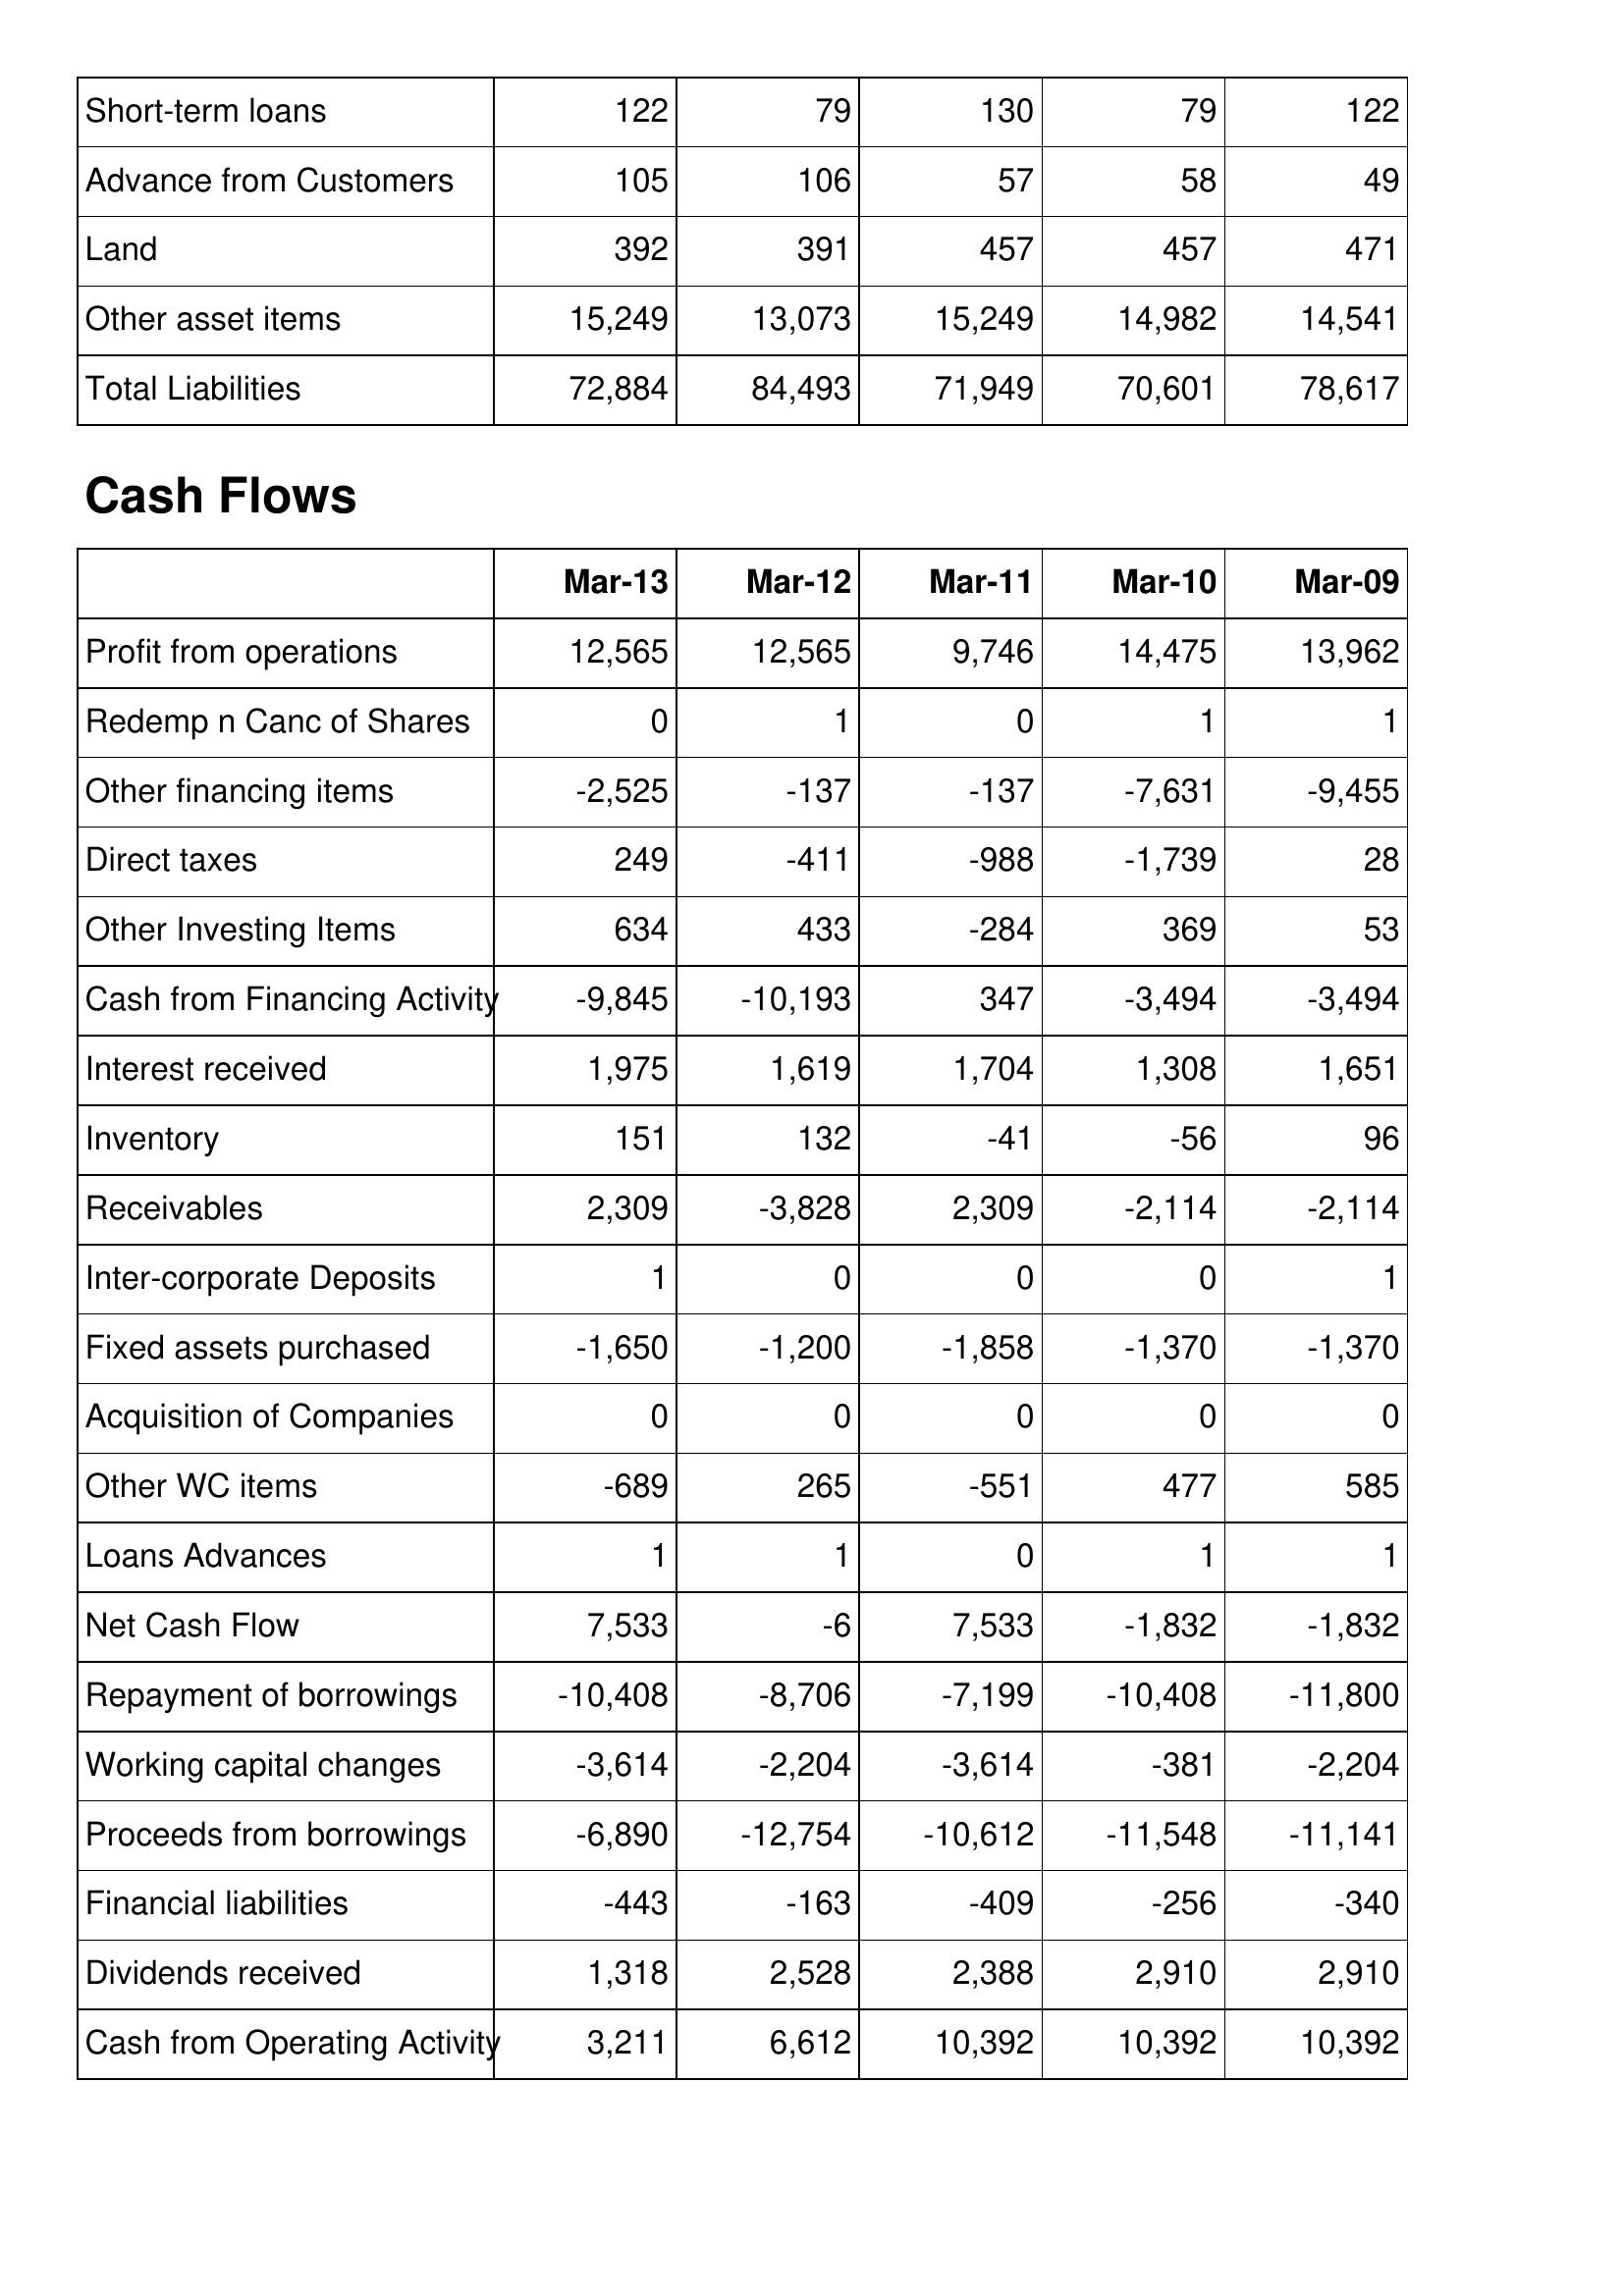
Mar-13: Balance Sheet: Short-term loans: 122
Advance from Customers: 105
Land: 392
Other asset items: 15,249
Total Liabilities: 72,884
Cash Flows: Profit from operations: 12,565
Redemp n Canc of Shares: 0
Other financing items: -2,525
Direct taxes: 249
Other Investing Items: 634
Cash from Financing Activity: -9,845
Interest received: 1,975
Inventory: 151
Receivables: 2,309
Inter-corporate Deposits: 1
Fixed assets purchased: -1,650
Acquisition of Companies: 0
Other WC items: -689
Loans Advances: 1
Net Cash Flow: 7,533
Repayment of borrowings: -10,408
Working capital changes: -3,614
Proceeds from borrowings: -6,890
Financial liabilities: -443
Dividends received: 1,318
Cash from Operating Activity: 3,211
Mar-12: Balance Sheet: Short-term loans: 79
Advance from Customers: 106
Land: 391
Other asset items: 13,073
Total Liabilities: 84,493
Cash Flows: Profit from operations: 12,565
Redemp n Canc of Shares: 1
Other financing items: -137
Direct taxes: -411
Other Investing Items: 433
Cash from Financing Activity: -10,193
Interest received: 1,619
Inventory: 132
Receivables: -3,828
Inter-corporate Deposits: 0
Fixed assets purchased: -1,200
Acquisition of Companies: 0
Other WC items: 265
Loans Advances: 1
Net Cash Flow: -6
Repayment of borrowings: -8,706
Working capital changes: -2,204
Proceeds from borrowings: -12,754
Financial liabilities: -163
Dividends received: 2,528
Cash from Operating Activity: 6,612
Mar-11: Balance Sheet: Short-term loans: 130
Advance from Customers: 57
Land: 457
Other asset items: 15,249
Total Liabilities: 71,949
Cash Flows: Profit from operations: 9,746
Redemp n Canc of Shares: 0
Other financing items: -137
Direct taxes: -988
Other Investing Items: -284
Cash from Financing Activity: 347
Interest received: 1,704
Inventory: -41
Receivables: 2,309
Inter-corporate Deposits: 0
Fixed assets purchased: -1,858
Acquisition of Companies: 0
Other WC items: -551
Loans Advances: 0
Net Cash Flow: 7,533
Repayment of borrowings: -7,199
Working capital changes: -3,614
Proceeds from borrowings: -10,612
Financial liabilities: -409
Dividends received: 2,388
Cash from Operating Activity: 10,392
Mar-10: Balance Sheet: Short-term loans: 79
Advance from Customers: 58
Land: 457
Other asset items: 14,982
Total Liabilities: 70,601
Cash Flows: Profit from operations: 14,475
Redemp n Canc of Shares: 1
Other financing items: -7,631
Direct taxes: -1,739
Other Investing Items: 369
Cash from Financing Activity: -3,494
Interest received: 1,308
Inventory: -56
Receivables: -2,114
Inter-corporate Deposits: 0
Fixed assets purchased: -1,370
Acquisition of Companies: 0
Other WC items: 477
Loans Advances: 1
Net Cash Flow: -1,832
Repayment of borrowings: -10,408
Working capital changes: -381
Proceeds from borrowings: -11,548
Financial liabilities: -256
Dividends received: 2,910
Cash from Operating Activity: 10,392
Mar-09: Balance Sheet: Short-term loans: 122
Advance from Customers: 49
Land: 471
Other asset items: 14,541
Total Liabilities: 78,617
Cash Flows: Profit from operations: 13,962
Redemp n Canc of Shares: 1
Other financing items: -9,455
Direct taxes: 28
Other Investing Items: 53
Cash from Financing Activity: -3,494
Interest received: 1,651
Inventory: 96
Receivables: -2,114
Inter-corporate Deposits: 1
Fixed assets purchased: -1,370
Acquisition of Companies: 0
Other WC items: 585
Loans Advances: 1
Net Cash Flow: -1,832
Repayment of borrowings: -11,800
Working capital changes: -2,204
Proceeds from borrowings: -11,141
Financial liabilities: -340
Dividends received: 2,910
Cash from Operating Activity: 10,392